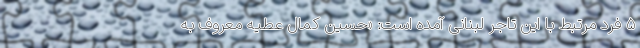
۵ فرد مرتبط با این تاجر لبنانی آمده است: «حسین کمال عطیه معروف به